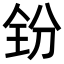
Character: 𪞇